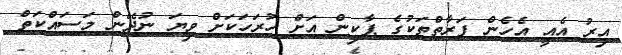
އިރު އެއީ އެހެން ފަރާތްތަަކުގެ ޕާކިން އަށް ހުރަހަކަށް ވިޔަ ނުދޭން މަސައްކަތް